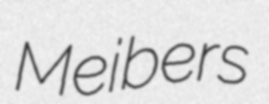
Meibers